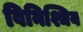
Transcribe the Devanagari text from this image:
विनिश्चिय